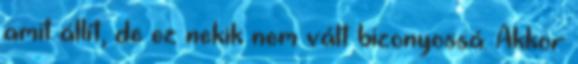
amit állít, de ez nekik nem vált bizonyossá. Akkor